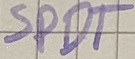
Text: SPDT